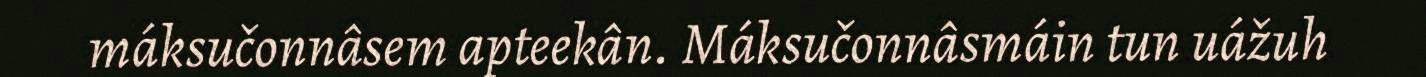
máksučonnâsem apteekân. Máksučonnâsmáin tun uážuh